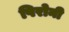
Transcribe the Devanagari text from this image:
पिरोनी